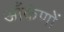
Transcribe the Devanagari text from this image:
आँकंणों